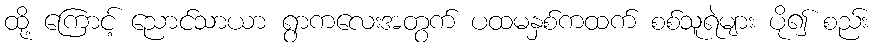
ထို့ ကြောင့် ညောင်သာယာ ရွာကလေးအတွက် ပထမနှစ်ကထက် စစ်သူရဲများ ပို၍ စည်း